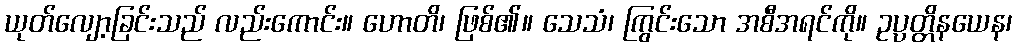
ယုတ်လျော့ခြင်းသည် လည်းကောင်း။ ဟောတိ၊ ဖြစ်၏။ သေသံ၊ ကြွင်းသော အစီအရင်ကို။ ဥပ္ပတ္တိနယေန၊